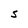
Character: S